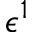
\epsilon ^ { 1 }